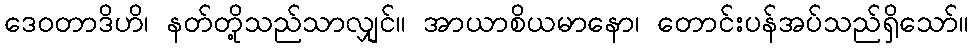
ဒေဝတာဒိဟိ၊ နတ်တို့သည်သာလျှင်။ အာယာစိယမာနော၊ တောင်းပန်အပ်သည်ရှိသော်။